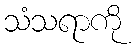
သံသရာကို